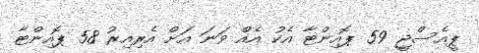
ޕީއެސްޖީ 59 ޕޮއިންޓާ އެކު އެއް ވަނަ އަށް އެރިއިރު 58 ޕޮއިންޓާ